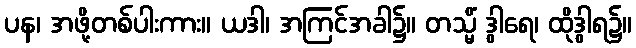
ပန၊ အဖို့တစ်ပါးကား။ ယဒါ၊ အကြင်အခါ၌။ တသ္မိံ ဒွါရေ၊ ထိုဒွါရ၌။